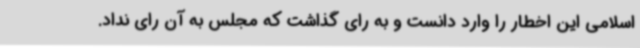
اسلامی این اخطار را وارد دانست و به رای گذاشت که مجلس به آن رای نداد.